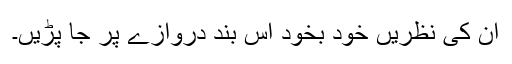
ان کی نظریں خود بخود اس بند دروازے پر جا پڑیں۔